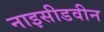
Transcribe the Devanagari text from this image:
नाइसीडवीन